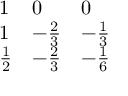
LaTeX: \begin{array} { l l l } { { 1 } } & { { 0 } } & { { 0 } } \\ { { 1 } } & { { - { \frac { 2 } { 3 } } } } & { { - { \frac { 1 } { 3 } } } } \\ { { { \frac { 1 } { 2 } } } } & { { - { \frac { 2 } { 3 } } } } & { { - { \frac { 1 } { 6 } } } } \end{array}